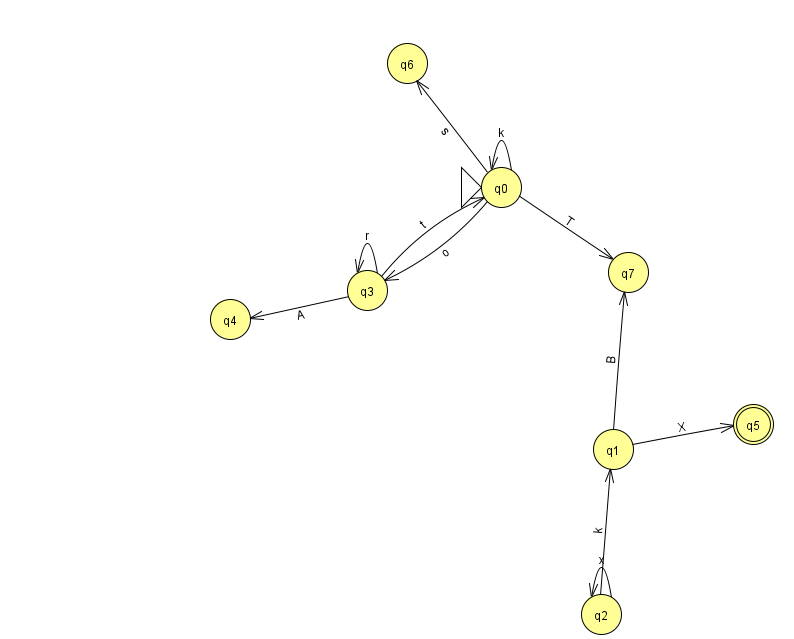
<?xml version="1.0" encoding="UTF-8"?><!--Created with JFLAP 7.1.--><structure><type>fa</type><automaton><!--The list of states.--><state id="0" name="q0"><x>501.0</x><y>174.0</y><initial/></state><state id="1" name="q1"><x>613.0</x><y>436.0</y></state><state id="2" name="q2"><x>601.0</x><y>601.0</y></state><state id="3" name="q3"><x>367.0</x><y>277.0</y></state><state id="4" name="q4"><x>230.0</x><y>306.0</y></state><state id="5" name="q5"><x>753.0</x><y>411.0</y><final/></state><state id="6" name="q6"><x>407.0</x><y>50.0</y></state><state id="7" name="q7"><x>628.0</x><y>259.0</y></state><!--The list of transitions.--><transition><from>1</from><to>7</to><read>B</read></transition><transition><from>0</from><to>6</to><read>s</read></transition><transition><from>3</from><to>3</to><read>r</read></transition><transition><from>3</from><to>0</to><read>t</read></transition><transition><from>2</from><to>1</to><read>k</read></transition><transition><from>0</from><to>3</to><read>o</read></transition><transition><from>2</from><to>2</to><read>x</read></transition><transition><from>0</from><to>0</to><read>k</read></transition><transition><from>0</from><to>7</to><read>T</read></transition><transition><from>1</from><to>5</to><read>X</read></transition><transition><from>3</from><to>4</to><read>A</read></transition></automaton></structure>